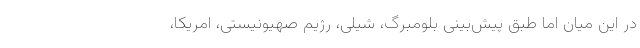
در این میان اما طبق پیش‌بینی بلومبرگ، شیلی، رژیم صهیونیستی، امریکا،